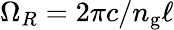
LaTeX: \Omega_{R}=2\pi c/n_{\mathrm{g}}\ell